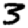
Digit: 3